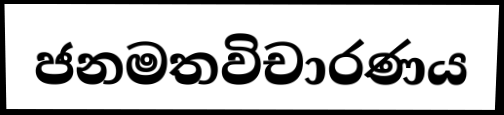
ජනමතවිචාරණය